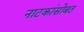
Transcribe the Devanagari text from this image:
नाटकांसोबत